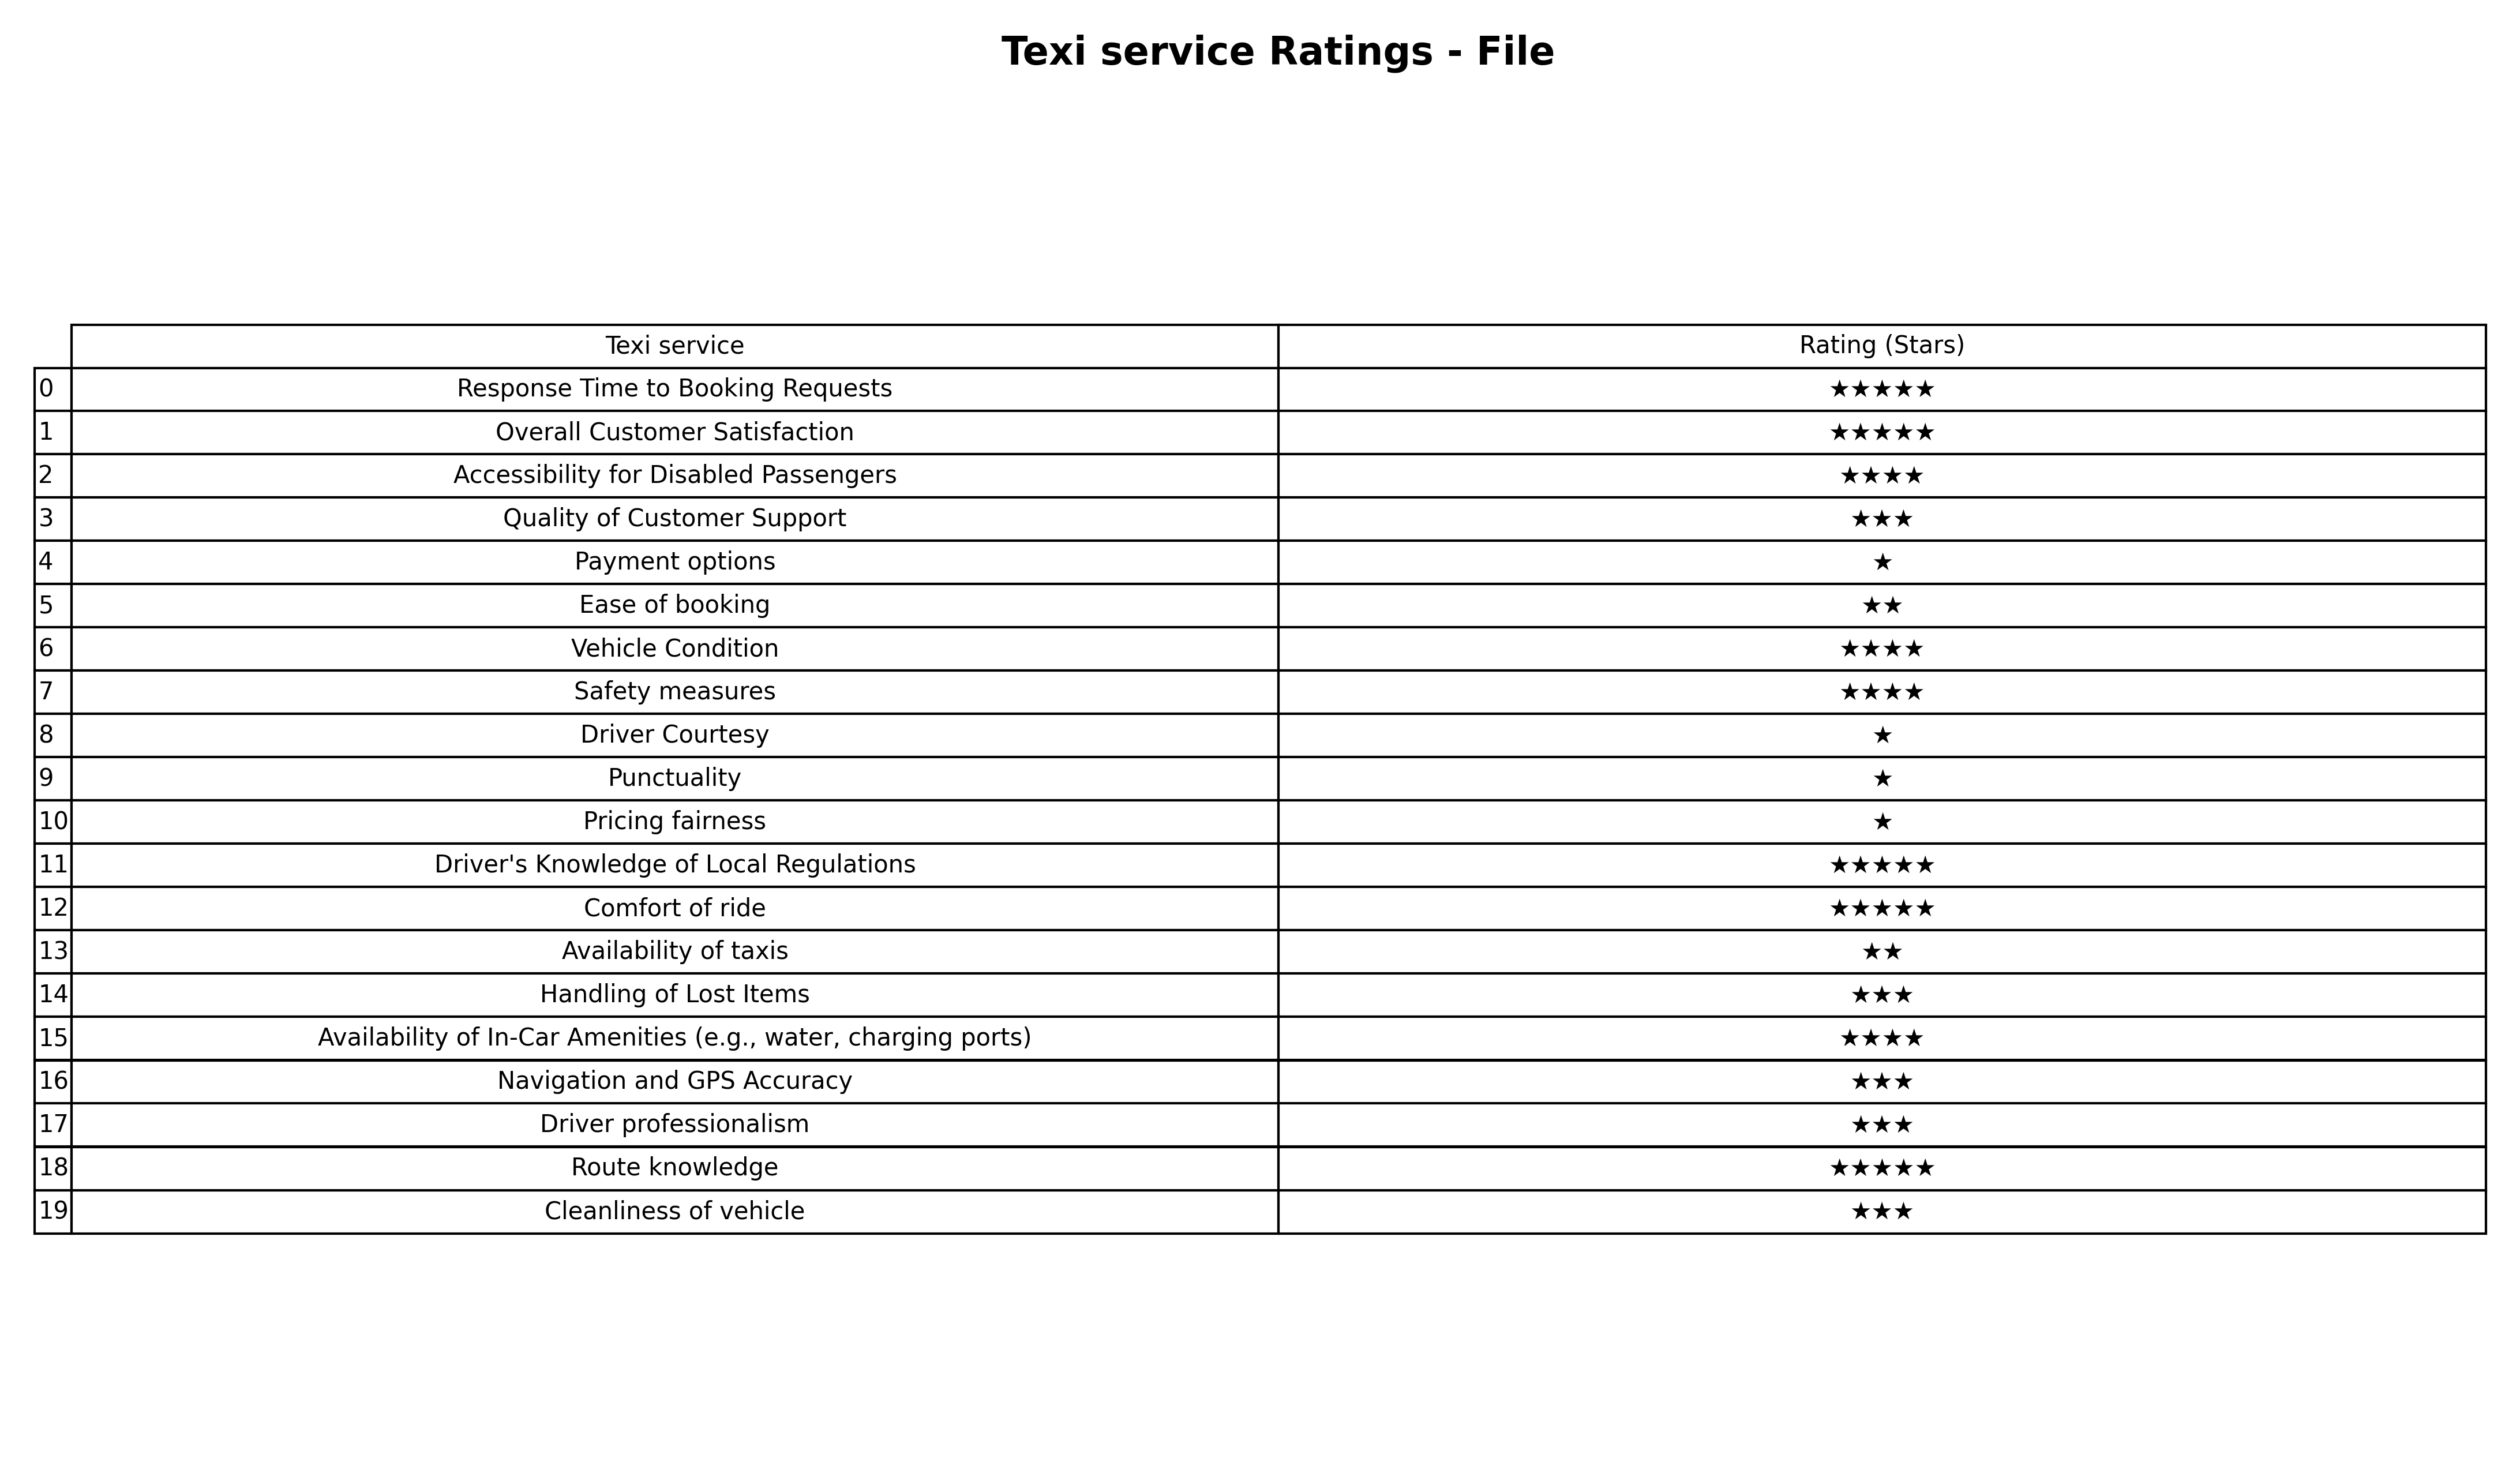
question: Which services are rated average?
answer: Quality of Customer SupportHandling of Lost ItemsNavigation and GPS AccuracyDriver professionalismCleanliness of vehicle